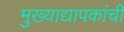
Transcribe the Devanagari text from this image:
मुख्‍याद्यापकांची